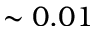
\sim 0 . 0 1